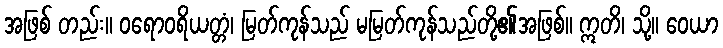
အဖြစ် တည်း။ ဝရောဝရိယတ္တံ၊ မြတ်ကုန်သည် မမြတ်ကုန်သည်တို့၏အဖြစ်။ ဣတိ၊ သို့။ ဝေယာ